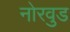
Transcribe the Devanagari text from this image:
नोरवुड